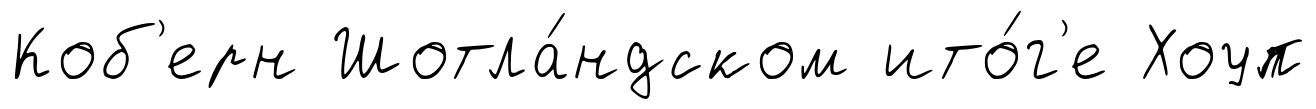
Коб'ерн Шотла́ндском ито́г'е Хоуп